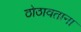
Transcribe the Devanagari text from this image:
ठोठावताना